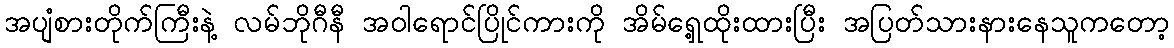
အပျံစားတိုက်ကြီးနဲ့ လမ်ဘိုဂီနီ အဝါရောင်ပြိုင်ကားကို အိမ်ရှေ့ထိုးထားပြီး အပြတ်သားနားနေသူကတော့